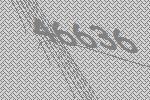
46636